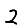
Digit: 2